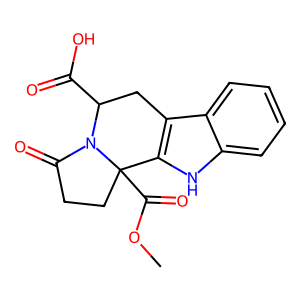
SMILES: COC(=O)C12CCC(=O)N1C(C(=O)O)Cc1c2[nH]c2ccccc12
Inhibits HIV replication: No